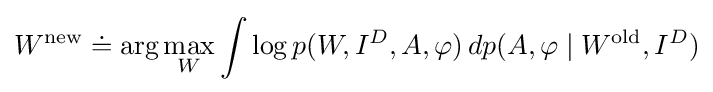
W^{\text{new}}\doteq \arg \max _{W}\int \log p(W,I^{D},A,\varphi )\,dp(A,\varphi \mid W^{\text{old}},I^{D})